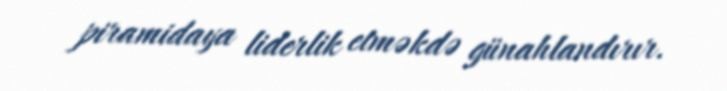
piramidaya liderlik etməkdə günahlandırır.